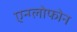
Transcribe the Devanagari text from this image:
एन्ग्लोफोन